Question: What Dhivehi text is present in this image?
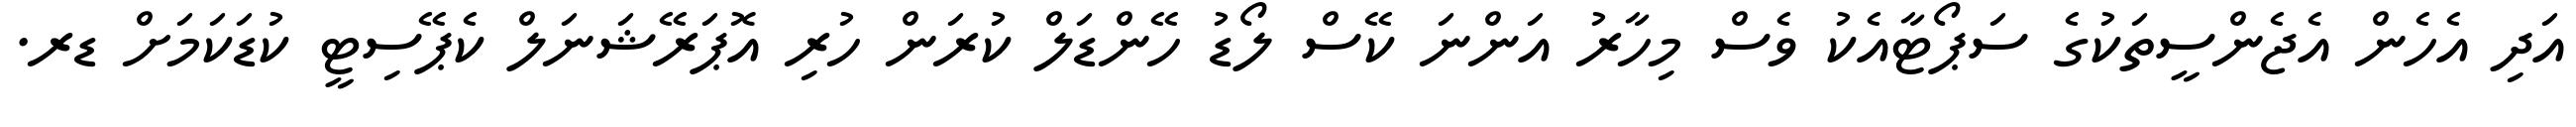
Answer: އަދި އެހެން އެޖެންސީތަކުގެ ސަޕޯޓާއެކު ވެސް މިހާރު އަންނަ ކޭސް ލޯޑު ހޭންޑަލް ކުރަން ހުރި އޮޕަރޭޝަނަލް ކެޕޭސިޓީ ކުޑަކަމަށް ޑރ.